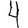
Digit: 4